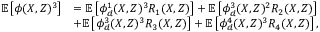
\begin{array} { r l } { \ensuremath { \mathbb { E } \left[ \phi ( X , Z ) ^ { 3 } \right] } } & { = \ensuremath { \mathbb { E } \left[ \phi _ { d } ^ { 1 } ( X , Z ) ^ { 3 } R _ { 1 } ( X , Z ) \right] } + \ensuremath { \mathbb { E } \left[ \phi _ { d } ^ { 3 } ( X , Z ) ^ { 2 } R _ { 2 } ( X , Z ) \right] } } \\ & { + \ensuremath { \mathbb { E } \left[ \phi _ { d } ^ { 3 } ( X , Z ) ^ { 3 } R _ { 3 } ( X , Z ) \right] } + \ensuremath { \mathbb { E } \left[ \phi _ { d } ^ { 4 } ( X , Z ) ^ { 3 } R _ { 4 } ( X , Z ) \right] } , } \end{array}